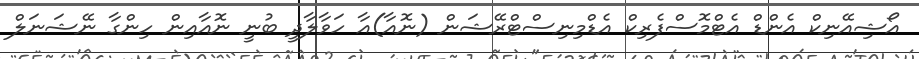
އޯޝިއޭނިކް އެންޑް އެޓްމޮސްފެރިކް އެޑްމިނިސްޓްރޭޝަން (ނޮއާ)އާ ހަވާލާދީ ބުނީ ނޮއާއިން ހިންގާ ނޭޝަނަލް